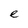
Character: e